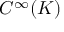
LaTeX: C ^ { \infty } ( K )